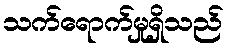
သက်ရောက်မှုရှိသည်